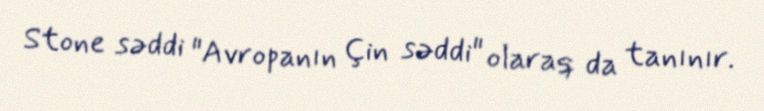
Stone səddi "Avropanın Çin səddi" olaraq da tanınır.